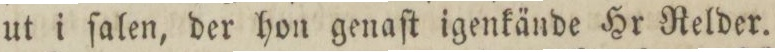
ut i ſalen, der hon genaſt igenkände Hr Relder.